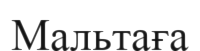
Мальтаға